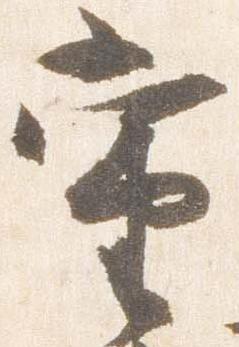
当